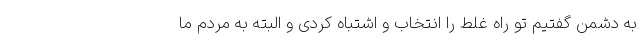
به دشمن گفتیم تو راه غلط را انتخاب و اشتباه کردی و البته به مردم ما